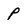
Character: p